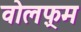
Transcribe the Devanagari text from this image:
वोलफ़्रम